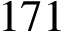
1 7 1